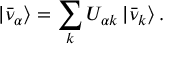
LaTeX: | \bar { \nu } _ { \alpha } \rangle = \sum _ { k } U _ { \alpha k } \, | \bar { \nu } _ { k } \rangle \, .